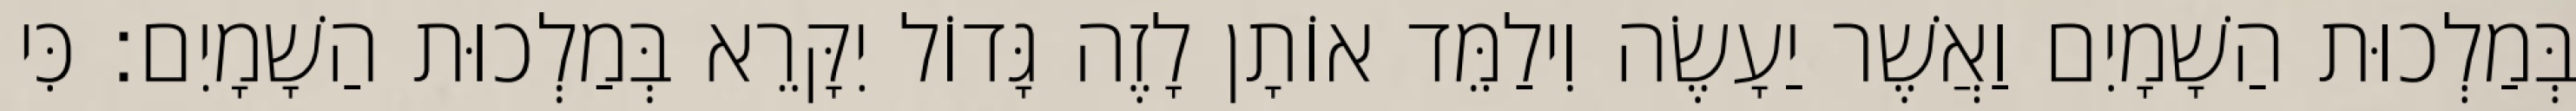
בְּמַלְכוּת הַשָׁמָיִם וַאֲשֶׁר יַעָשֶׂה וִילַמֵּד אוֹתָן לָזֶה גָּדוֹל יִקָּרֵא בְּמַלְכוּת הַשָׁמָיִם׃ כִּי